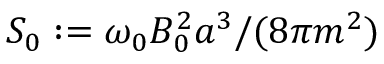
S _ { 0 } : = \omega _ { 0 } B _ { 0 } ^ { 2 } a ^ { 3 } / ( 8 \pi m ^ { 2 } )